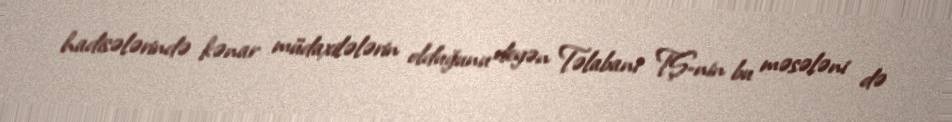
hadisələrində kənar müdaxilələrin olduğunu deyən Təlabani TŞ-nin bu məsələni də